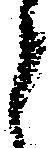
と